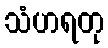
သံဟရတု